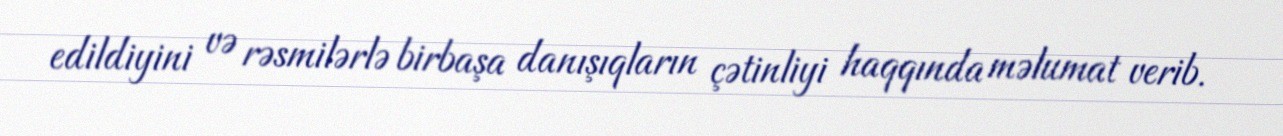
edildiyini və rəsmilərlə birbaşa danışıqların çətinliyi haqqında məlumat verib.